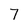
Character: 7